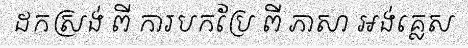
ដកស្រង់ ពី ការបកប្រែ ពី ភាសា អង់គ្លេស